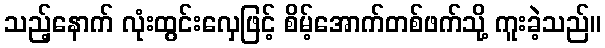
သည့်နောက် လုံးထွင်းလှေဖြင့် စိမ့်အောက်တစ်ဖက်သို့ ကူးခဲ့သည်။